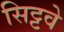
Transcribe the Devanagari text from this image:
सिट्टवे